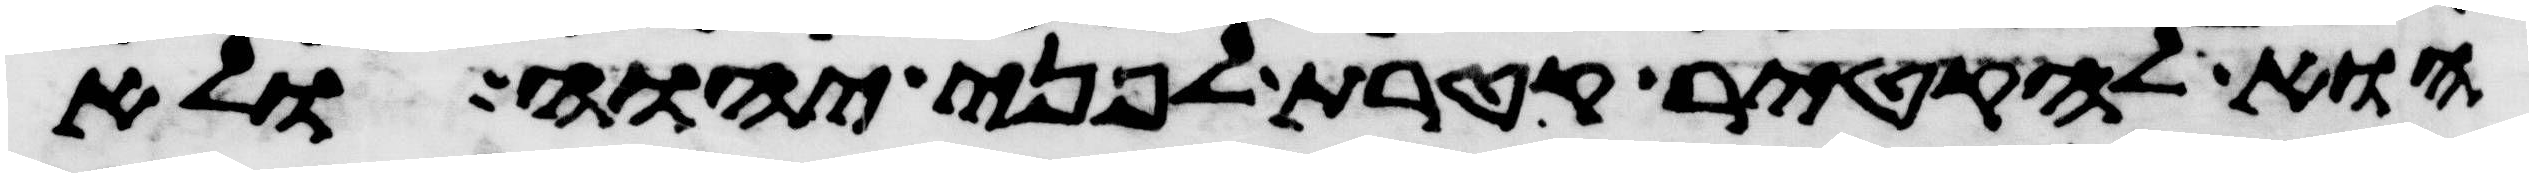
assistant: הוא להקטיר קטרת לפני יהוה ולא